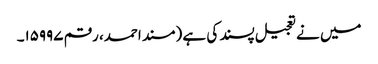
میں نے تعجیل پسند کی ہے (مسند احمد، رقم ۱۵۹۹۷۔